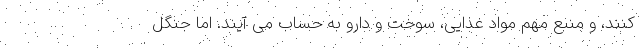
کنند، و منبع مهم مواد غذایی، سوخت و دارو به حساب می آیند. اما جنگل